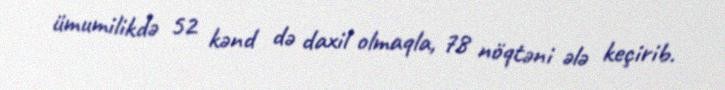
ümumilikdə 52 kənd də daxil olmaqla, 78 nöqtəni ələ keçirib.